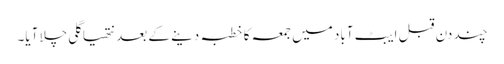
چند دن قبل ایبٹ آباد میں جمعہ کا خطبہ دینے کے بعد نتھیا گلی چلا آیا۔